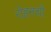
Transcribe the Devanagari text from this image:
रोहनची